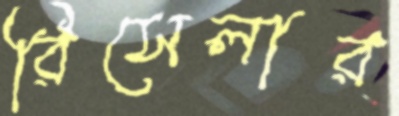
রিসেলার